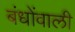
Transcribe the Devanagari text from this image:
बंधोंवाली